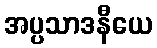
အပ္ပသာဒနီယေ